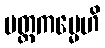
ပတ္တကမ္မေဟိ